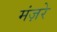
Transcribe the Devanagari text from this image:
मंज़रे